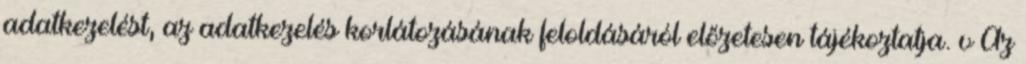
adatkezelést, az adatkezelés korlátozásának feloldásáról előzetesen tájékoztatja. v Az